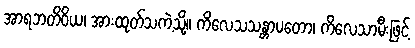
အာရဘတိဝိယ၊ အားထုတ်သကဲ့သို့။ ကိလေသသန္တာပတော၊ ကိလေသာမီးဖြင့်